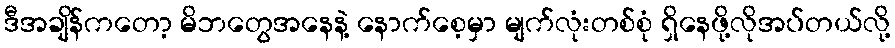
ဒီအချိန်ကတော့ မိဘတွေအနေနဲ့ နောက်စေ့မှာ မျက်လုံးတစ်စုံ ရှိနေဖို့လိုအပ်တယ်လို့